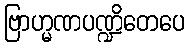
ဗြာဟ္မဏပဏ္ဍိတေပေ